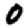
Digit: 0